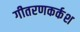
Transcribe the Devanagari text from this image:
गीतरणकर्कश